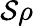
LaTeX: \mathcal{S}\rho